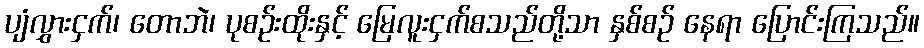
ပျံလွှားငှက်၊ တောဘဲ၊ ပုစဉ်းထိုးနှင့် မြေလူးငှက်စသည်တို့သာ နှစ်စဉ် နေရာ ပြောင်းကြသည်။